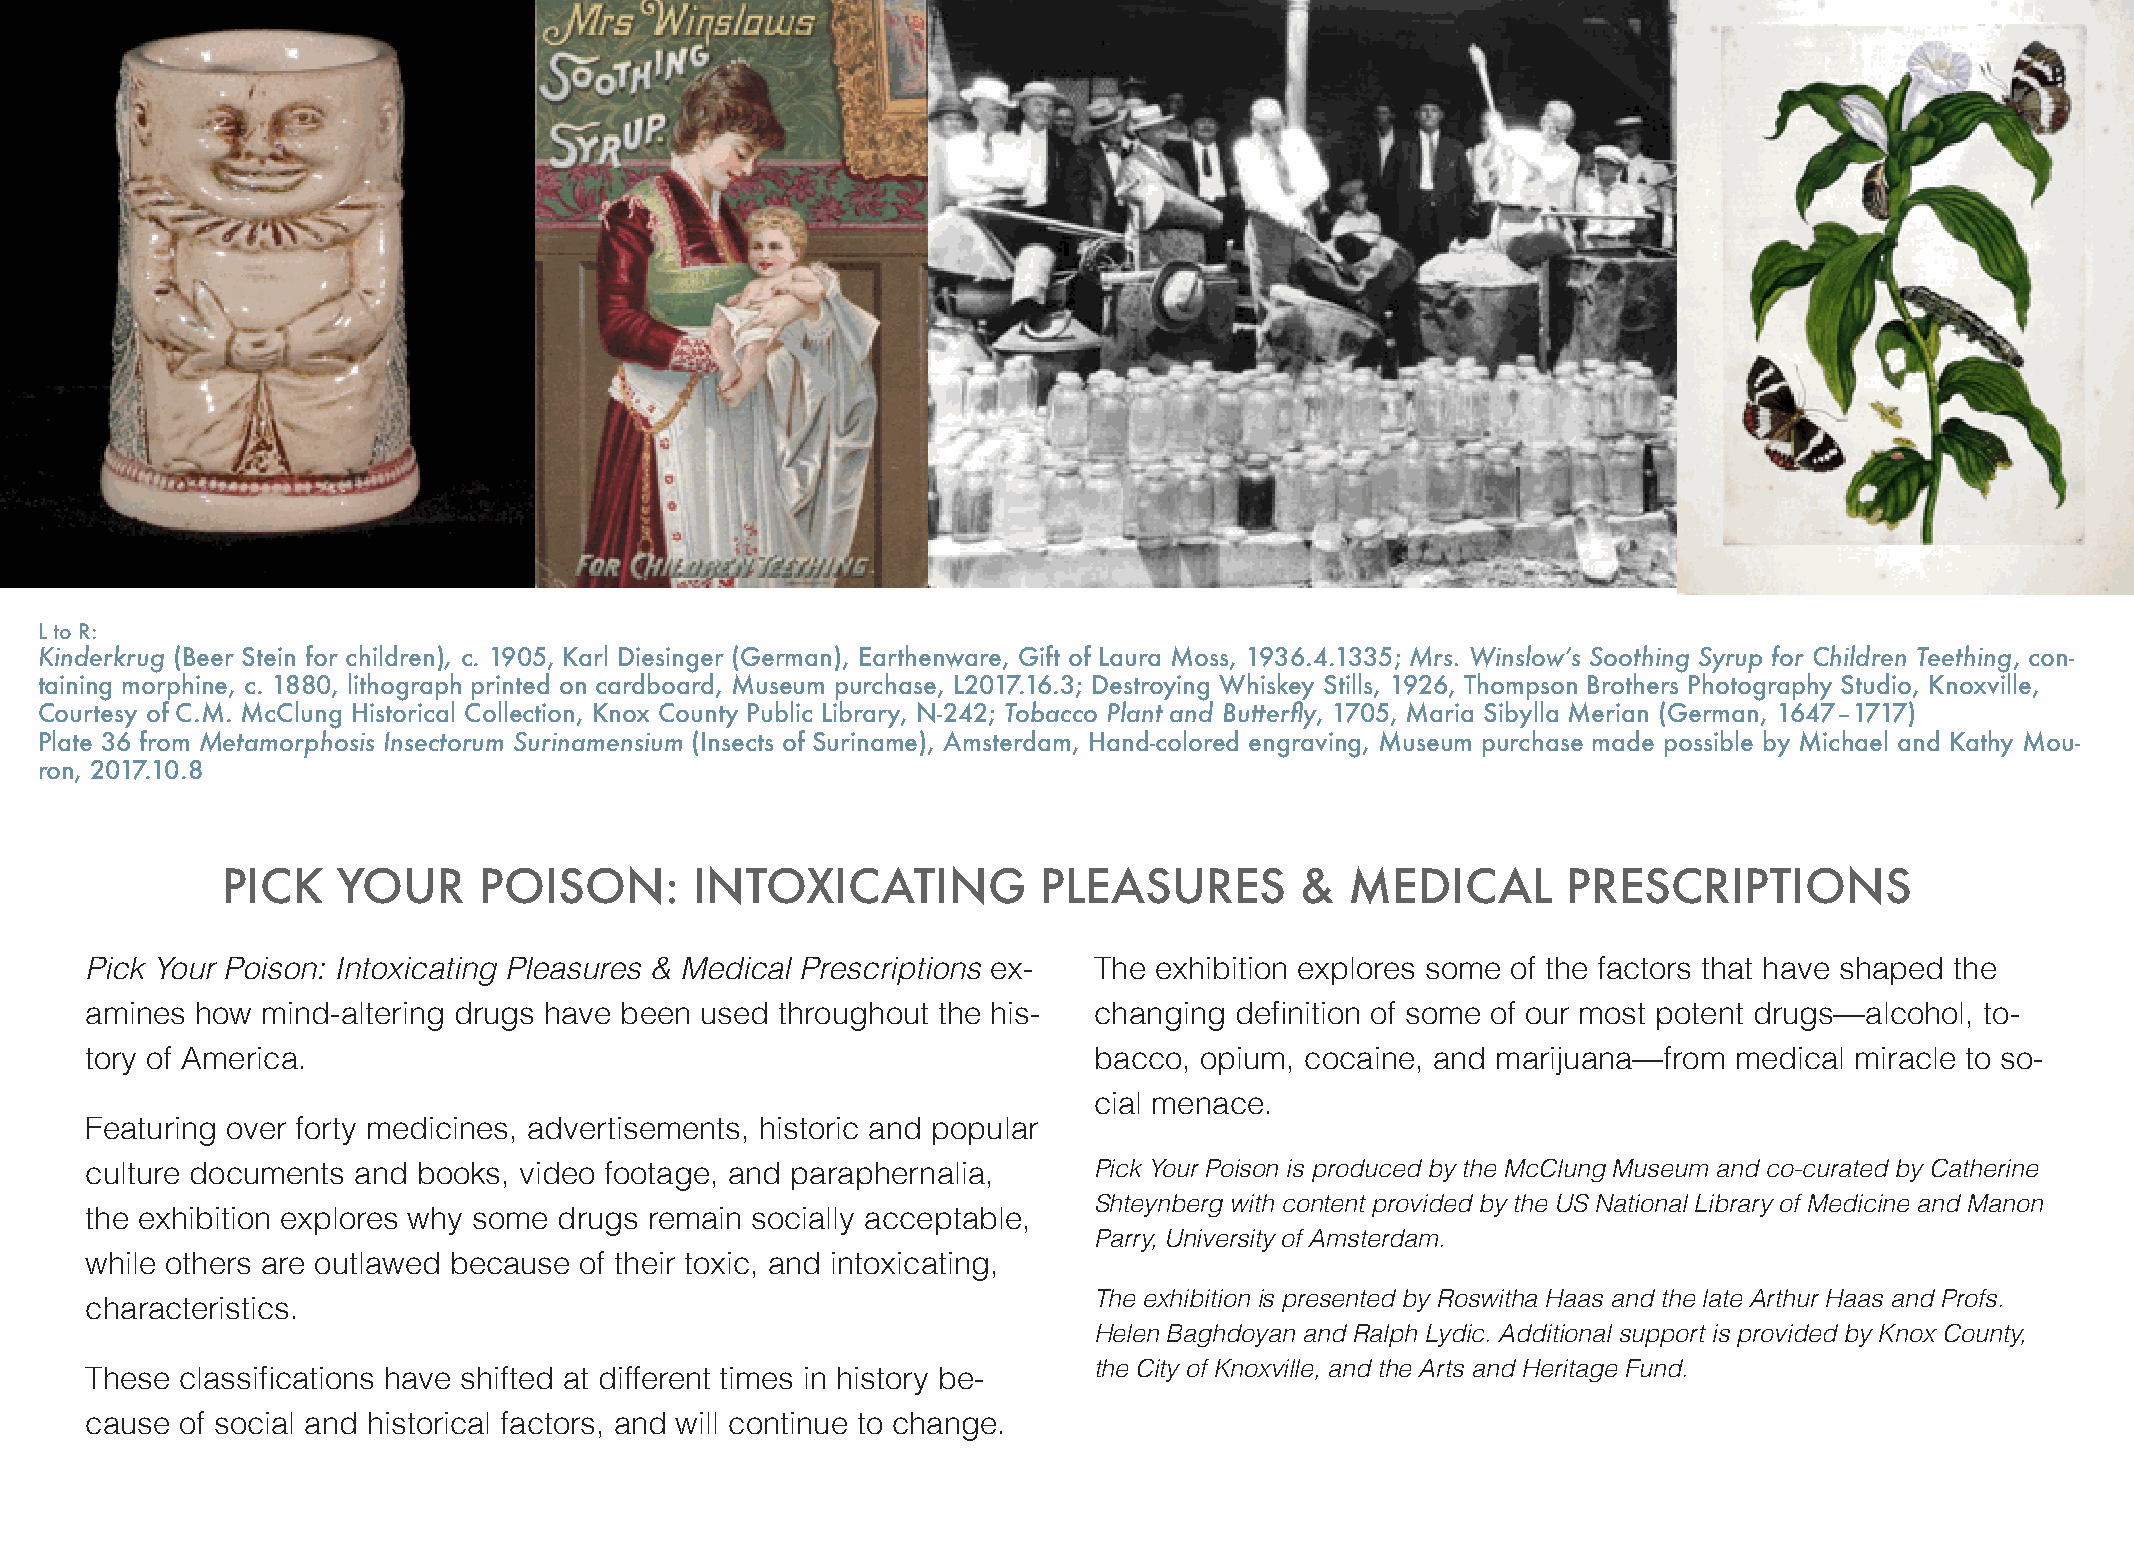
L to R:
 Kinderkrug (Beer Stein for children), c. 1905, Karl Diesinger (German), Earthenware, Gift of Laura Moss, 1936.4.1335; Mrs. Winslow’s Soothing Syrup for Children Teething, con-
 taining morphine, c. 1880, lithograph printed on cardboard, Museum purchase, L2017.16.3; Destroying Whiskey Stills, 1926, Thompson Brothers Photography Studio, Knoxville,
 Courtesy of C.M. McClung Historical Collection, Knox County Public Library, N-242; Tobacco Plant and Butterfly, 1705, Maria Sibylla Merian (German, 1647–1717)
 Plate 36 from Metamorphosis Insectorum Surinamensium (Insects of Suriname), Amsterdam, Hand-colored engraving, Museum purchase made possible by Michael and Kathy Mou-
 ron, 2017.10.8
 PICK   YOUR      POISON:       INTOXICATING           PLEASURES        &  MEDICAL        PRESCRIPTIONS
 Pick Your Poison: Intoxicating Pleasures & Medical Prescriptions ex- The exhibition explores some of the factors that have shaped the
 amines how mind-altering drugs have been used throughout the his- changing  definition of some of our most potent drugs––alcohol, to-
 tory of America.                                                  bacco, opium, cocaine, and marijuana––from medical miracle to so-
 cial menace.
 Featuring over forty medicines, advertisements, historic and popular
 culture documents and books, video footage, and paraphernalia,    Pick Your Poison is produced by the McClung Museum and co-curated by Catherine
 Shteynberg with content provided by the US National Library of Medicine and Manon
 the exhibition explores why some drugs remain socially acceptable,
 Parry, University of Amsterdam.
 while others are outlawed because of their toxic, and intoxicating,
 The exhibition is presented by Roswitha Haas and the late Arthur Haas and Profs.
 characteristics.
 Helen Baghdoyan and Ralph Lydic. Additional support is provided by Knox County,
 the City of Knoxville, and the Arts and Heritage Fund.
 These classifications have shifted at different times in history be-
 cause of social and historical factors, and will continue to change.
 2